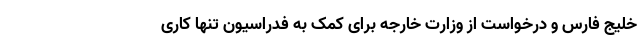
خلیج فارس و درخواست از وزارت خارجه برای کمک به فدراسیون تنها کاری